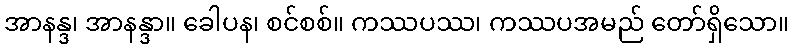
အာနန္ဒ၊ အာနန္ဒာ။ ခေါပန၊ စင်စစ်။ ကဿပဿ၊ ကဿပအမည် တော်ရှိသော။